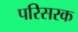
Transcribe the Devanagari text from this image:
परिसरक